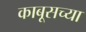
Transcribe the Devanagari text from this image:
काबूसच्या